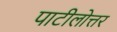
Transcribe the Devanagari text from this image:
पाटीलोत्तर